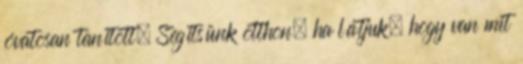
óvatosan tanított. Segítsünk otthon, ha látjuk, hogy van mit